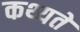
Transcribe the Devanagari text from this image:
कथ्यते